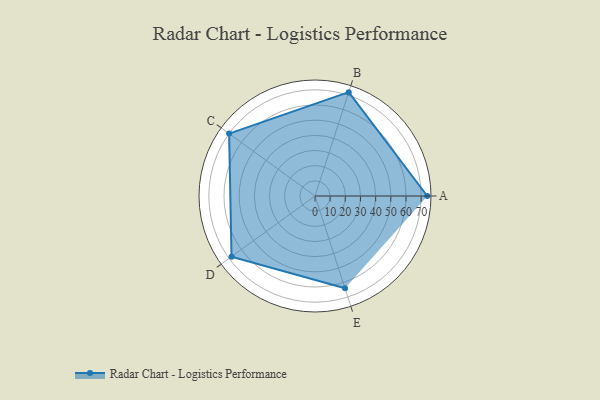
{"axis": {"x": "Skill", "y": "Score"}, "legend": ["Profile"], "data": [{"x": "A", "y": 74.0, "type": "Profile"}, {"x": "B", "y": 72.0, "type": "Profile"}, {"x": "C", "y": 70.0, "type": "Profile"}, {"x": "D", "y": 68.0, "type": "Profile"}, {"x": "E", "y": 64.0, "type": "Profile"}]}